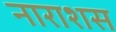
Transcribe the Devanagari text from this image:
नाराशस